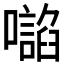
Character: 𭌂